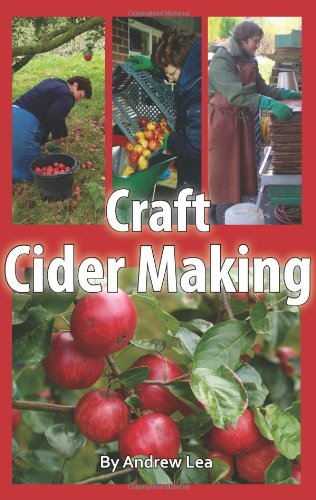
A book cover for Craft Cider Making; Andrew Lea; Cookbooks, Food & Wine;